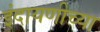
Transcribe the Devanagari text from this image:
इंदायणीच्या